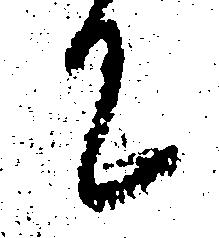
て